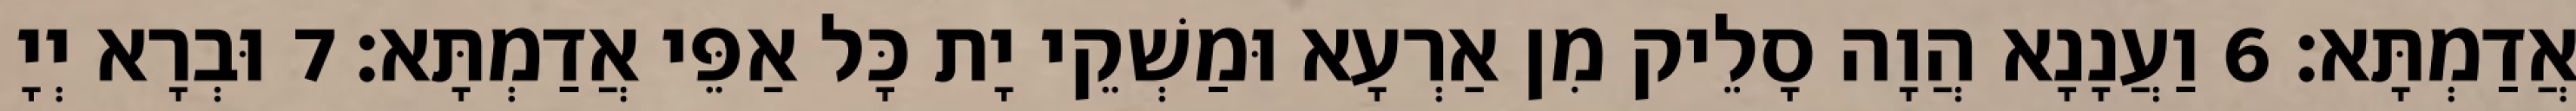
אֲדַמְתָּא׃ 6 וַעֲנָנָא הֲוָה סָלֵיק מִן אַרְעָא וּמַשְׁקֵי יָת כָּל אַפֵּי אֲדַמְתָּא׃ 7 וּבְרָא יְיָ